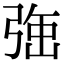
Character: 𭚹